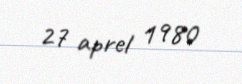
27 aprel 1980